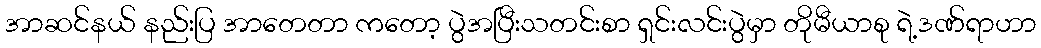
အာဆင်နယ် နည်းပြ အာတေတာ ကတော့ ပွဲအပြီးသတင်းစာ ရှင်းလင်းပွဲမှာ တိုမီယာစု ရဲ့ဒဏ်ရာဟာ